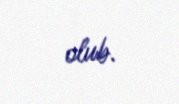
olub.